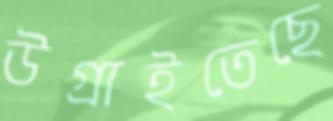
উগ্‌রাইতেছে